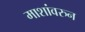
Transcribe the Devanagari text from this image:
माशांवरुन